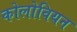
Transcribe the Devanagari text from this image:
कोलोवियन